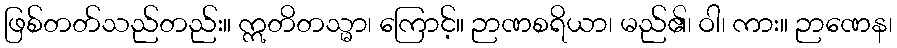
ဖြစ်တတ်သည်တည်း။ ဣတိတသ္မာ၊ ကြောင့်။ ဉာဏစရိယာ၊ မည်၏၊ ဝါ၊ ကား။ ဉာဏေန၊